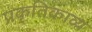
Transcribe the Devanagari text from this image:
प्रकृतिकाव्य